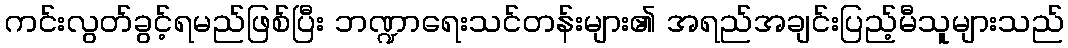
ကင်းလွတ်ခွင့်ရမည်ဖြစ်ပြီး ဘဏ္ဍာရေးသင်တန်းများ၏ အရည်အချင်းပြည့်မီသူများသည်